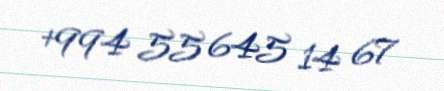
+994 55 645 14 67